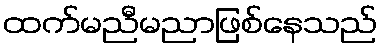
ထက်မညီမညာဖြစ်နေသည်